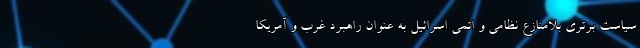
سیاست برتری بلامنازع نظامی و اتمی اسرائیل به عنوان راهبرد غرب و آمریکا